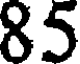
85